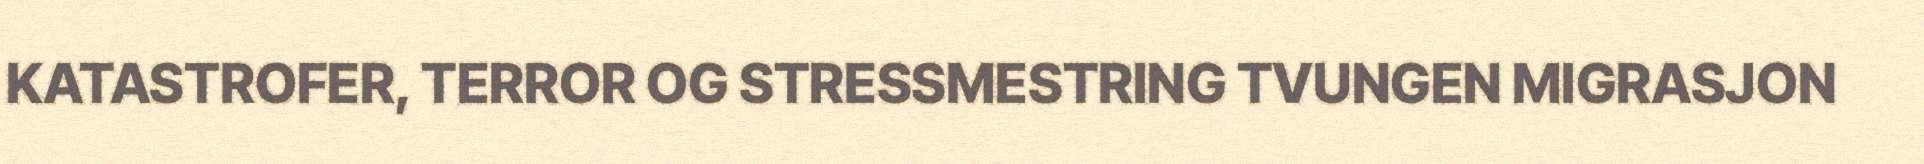
KATASTROFER, TERROR OG STRESSMESTRING TVUNGEN MIGRASJON